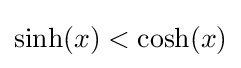
\sinh(x)<\cosh(x)